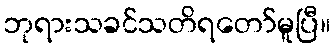
ဘုရားသခင်သတိရတော်မူပြီ။